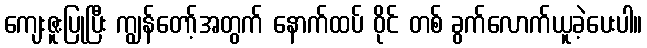
ကျေးဇူးပြုပြီး ကျွန်တော့်အတွက် နောက်ထပ် ဝိုင် တစ် ခွက်လောက်ယူခဲ့ပေးပါ။